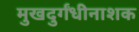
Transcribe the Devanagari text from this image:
मुखदुर्गंधीनाशक